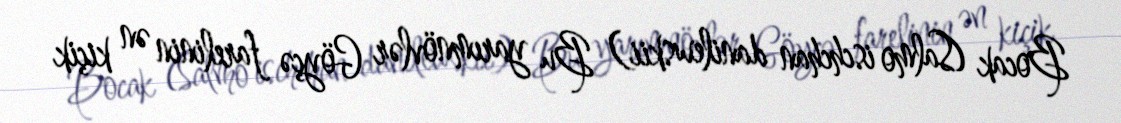
Bocak (Salmo ischchan danilewskii) Bu yarımnövlər Göyçə farelinin ən kiçik